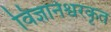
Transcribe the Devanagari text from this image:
विज्ञानेश्वरकृत